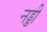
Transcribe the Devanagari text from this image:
नड्डी